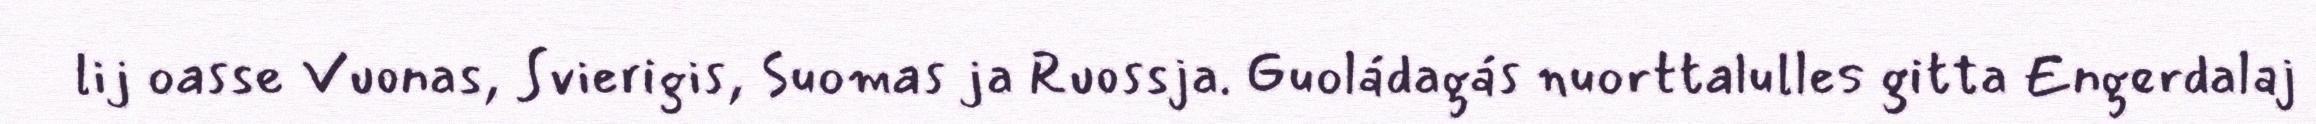
lij oasse Vuonas, Svierigis, Suomas ja Ruossja. Guoládagás nuorttalulles gitta Engerdalaj